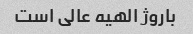
باروژ الهیه عالی است